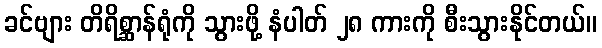
ခင်ဗျား တိရိစ္ဆာန်ရုံကို သွားဖို့ နံပါတ် ၂၈ ကားကို စီးသွားနိုင်တယ်။